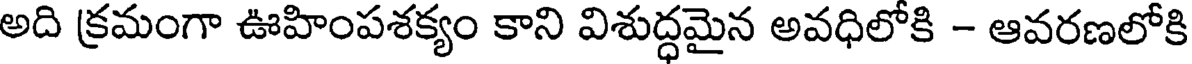
అది క్రమంగా ఊహింపశక్యం కాని విశుద్ధమైన అవధిలోకి - ఆవరణలోకి